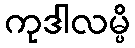
ကုဒါလမ္ပိ